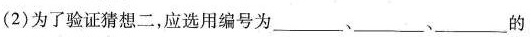
(2)为了验证猜想二，应选用编号为____________的